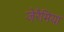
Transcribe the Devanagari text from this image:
जेरैमिया